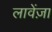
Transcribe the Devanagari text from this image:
लावेंज़ा